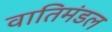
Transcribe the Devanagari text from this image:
वातिमंडल